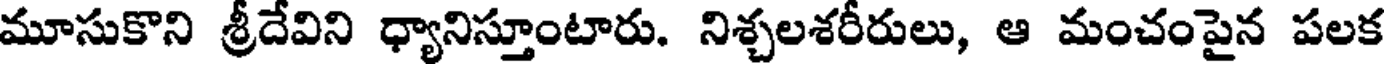
మూసుకొని శ్రీదేవిని ధ్యానిస్తూంటారు. నిశ్చలశరీరులు, ఆ మంచంపైన పలక